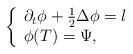
LaTeX: \begin{align*}\left\{\begin{array}{l}\partial_t \phi +\frac12 \Delta \phi = l\\\phi(T) = \Psi,\end{array} \right.\end{align*}